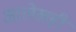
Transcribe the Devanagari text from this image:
आलेखही